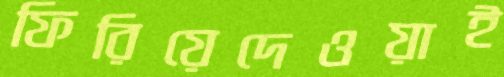
ফিরিয়েদেওয়াই